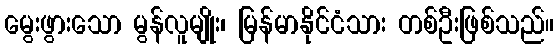
မွေးဖွားသော မွန်လူမျိုး၊ မြန်မာနိုင်ငံသား တစ်ဦးဖြစ်သည်။